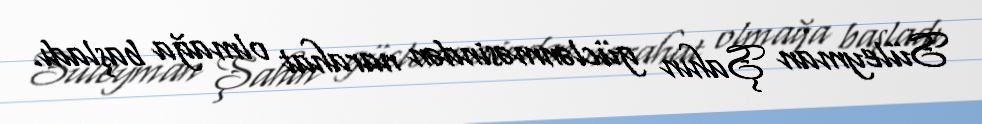
Süleyman Şahın güclənməsindən narahat olmağa başladı.